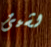
لشيئ